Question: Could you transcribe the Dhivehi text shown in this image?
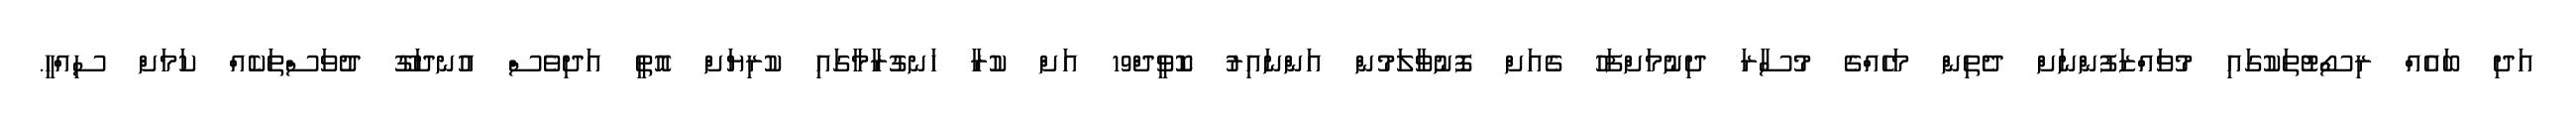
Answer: އަދި ބައެއް ރިސޯޓުތަކުގައި މުވައްޒަފުންނަށް ދެތިން މަހެއްގެ މުސާރަ ދިނުމަށްފަހު ގެއަށް ފޮނުވާލަމުން އަންނައިރު ކޮވީދް19 އަށް ކުރާ ހަނގުރާމާގައި ކުރިޔަށް އޮތީ އަދިވެސް އުނދަގޫ ދުވަސްތަކެއް ކަމަށް ސިއްހީ.